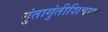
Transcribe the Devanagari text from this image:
गुंतागुंतीशिवाय